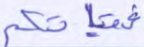
فتياتكم